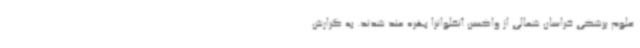
علوم پزشکی خراسان شمالی از واکسن آنفلوانزا بهره مند شدند. به گزارش